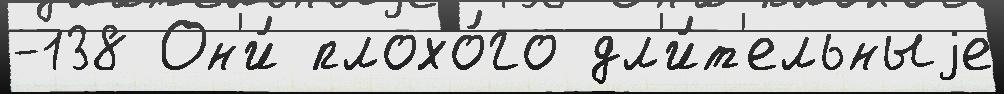
-138 Он'и́ плохо́го дл'и́т'ельныjе